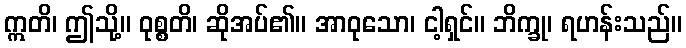
ဣတိ၊ ဤသို့။ ဝုစ္စတိ၊ ဆိုအပ်၏။ အာဝုသော၊ ငါ့ရှင်။ ဘိက္ခု၊ ရဟန်းသည်။